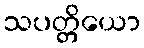
သပတ္တိယော